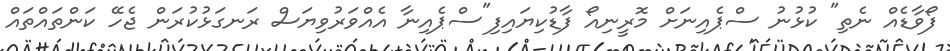
ފޯވާޑެއް ނެތި" ކުޅުނު ސްޕެއިނަށް މޮރީނިއޯ ފާޑުކިޔައިފި"ސްޕެއިނާ އެއްވަރުވިޔަސް ރަނގަޅުކުރަން ޖެހޭ ކަންތައްތައް